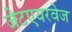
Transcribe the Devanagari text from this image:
जेटएयरवेज